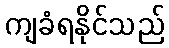
ကျခံရနိုင်သည်